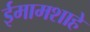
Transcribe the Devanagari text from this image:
ईमामशाहे